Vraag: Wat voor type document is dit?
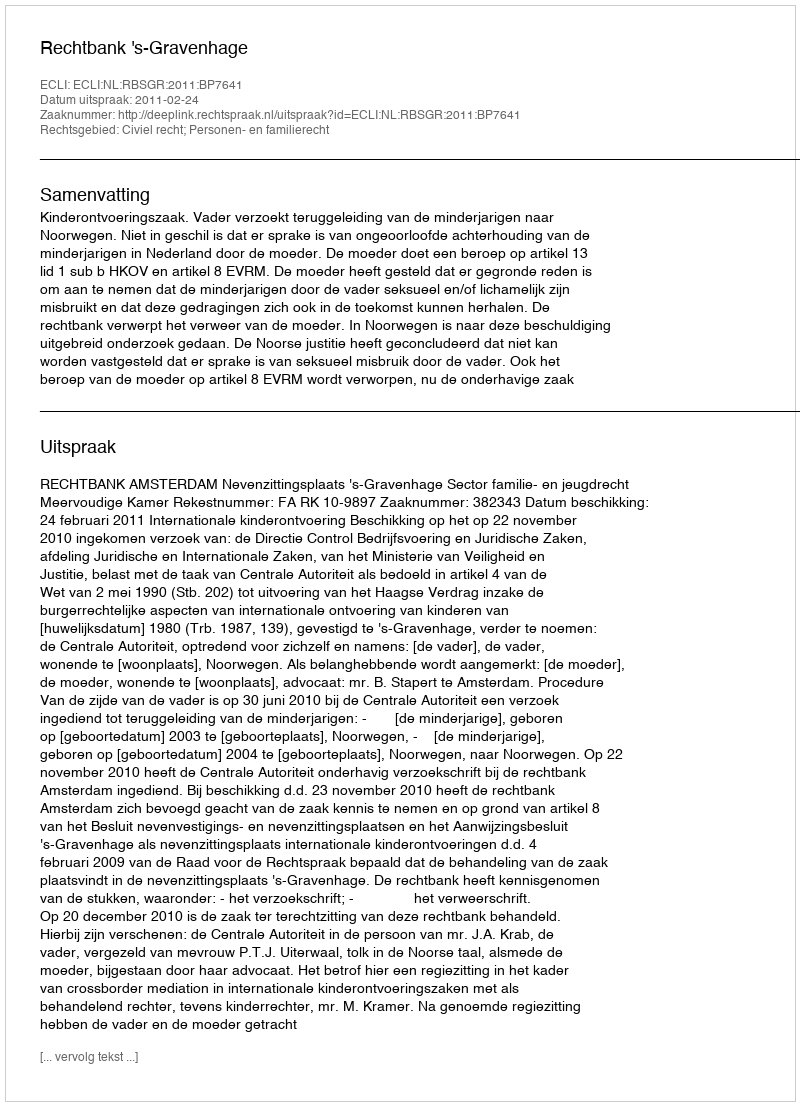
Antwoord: Uitspraak